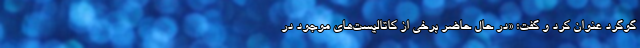
گوگرد عنوان کرد و گفت: «در حال حاضر برخی از کاتالیست‌های موجود در